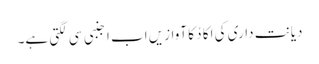
دیانت داری کی اِکا دُ کا آوازیں اب اجنبی سی لگتی ہے۔